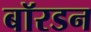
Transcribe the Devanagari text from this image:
बॉरडन